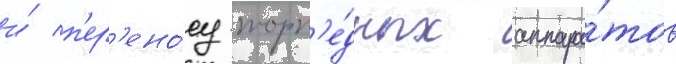
и́ п'ер'ено́су торп'е́дных аппара́тов